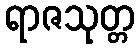
ရာဇသုတ္တ